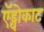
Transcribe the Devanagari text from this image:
ऍड्वोकाट